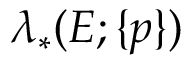
\lambda _ { * } ( E ; \{ p \} )